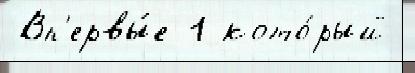
 Вп'ервы́е 1 кото́рый